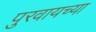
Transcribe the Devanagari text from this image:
पुरवायच्या